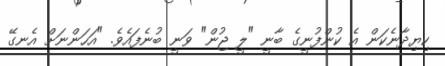
ކިޔިދާނެކަން އެ ކުންފުނީގެ ބާނީ "ލީ ޖުން" ވަނީ ބުނެފައެވެ. "އަހަންނަށް އެނގޭ